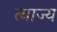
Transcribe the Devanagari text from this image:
त्‍याज्‍य